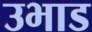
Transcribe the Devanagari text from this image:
उभाड